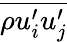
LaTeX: \overline{{\rho u_{i}^{\prime}u_{j}^{\prime}}}